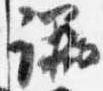
議